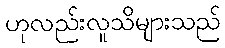
ဟုလည်းလူသိများသည်